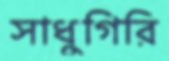
সাধুগিরি